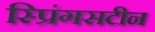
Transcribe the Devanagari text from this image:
स्प्रिंगसटीन